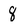
Character: 8